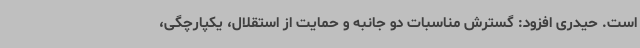
است. حیدری افزود: گسترش مناسبات دو جانبه و حمایت از استقلال، یکپارچگی،